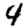
Digit: 4